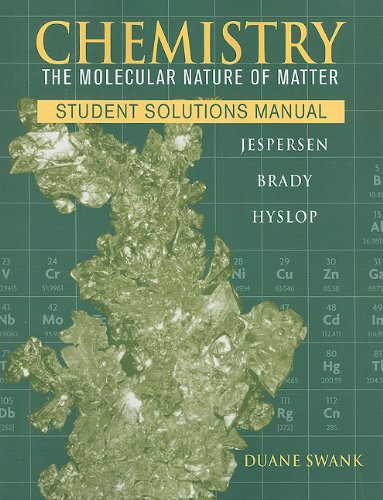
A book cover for Chemistry, Student Solutions Manual: The Molecular Nature of Matter; Neil D. Jespersen; Science & Math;